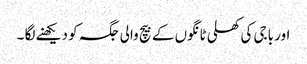
اور باجی کی کھلی ٹانگوں کے بیچ والی جگہ کو دیکھنے لگا ۔